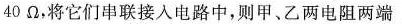
40Ω，将它们串联接入电路中，则甲、乙两电阻两端